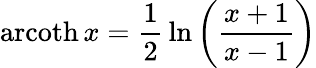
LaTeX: \operatorname{arcoth}x={\frac{1}{2}}\ln\left({\frac{x+1}{x-1}}\right)